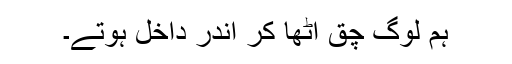
ہم لوگ چق اٹھا کر اندر داخل ہوتے۔